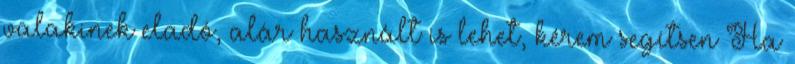
valakinek eladó, alár használt is lehet, kérem segítsen Ha